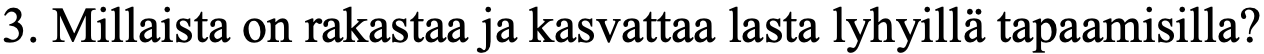
3. Millaista on rakastaa ja kasvattaa lasta lyhyillä tapaamisilla?